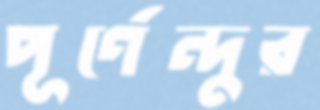
পূর্ণেন্দুর